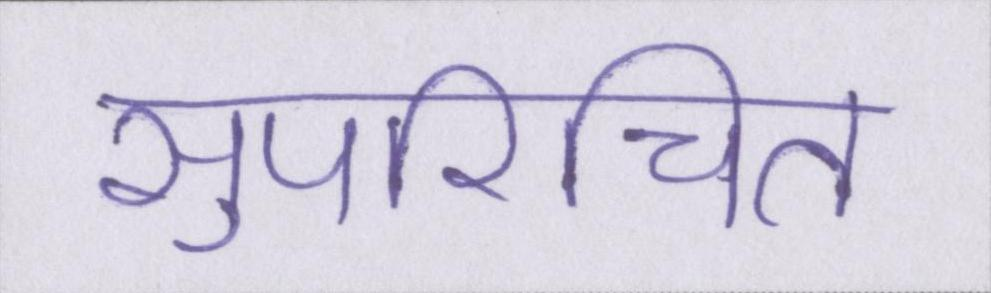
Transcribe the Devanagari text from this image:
सुपरिचित